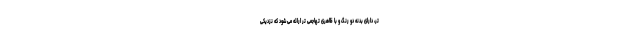
تر، دارای بدنه دو رنگ و با ظاهری تهاجمی تر ارائه می شود که نزدیکی